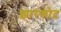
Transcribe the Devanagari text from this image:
झारकोट